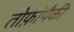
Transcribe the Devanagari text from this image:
तोफ़ांपैकी